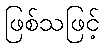
ဖြစ်သဖြင့်